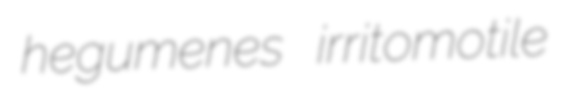
hegumenes irritomotile